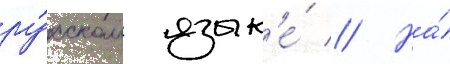
ру́сском язык'е́ // На́